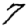
Digit: 7